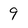
Character: 9